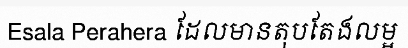
Esala Perahera ដែលមានតុបតែងលម្អ